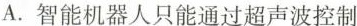
A. 智能机器人只能通过超声波控制